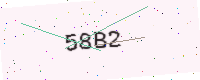
Text: 58B2